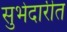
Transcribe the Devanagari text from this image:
सुभेदारीत